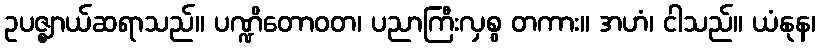
ဥပဇ္ဈာယ်ဆရာသည်။ ပဏ္ဍိတောဝတ၊ ပညာကြီးလှစွ တကား။ အဟံ၊ ငါသည်။ ယံနုန၊